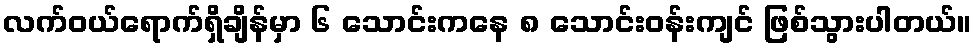
လက်ဝယ်ရောက်ရှိချိန်မှာ ၆ သောင်းကနေ ၈ သောင်းဝန်းကျင် ဖြစ်သွားပါတယ်။